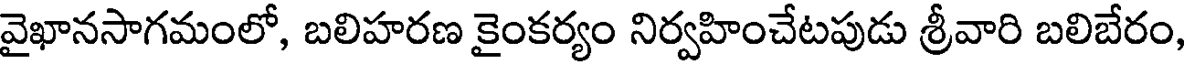
వైఖానసాగమంలో, బలిహరణ కైంకర్యం నిర్వహించేటపుడు శ్రీవారి బలిబేరం,